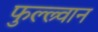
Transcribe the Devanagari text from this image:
फुल्ल्र्वान